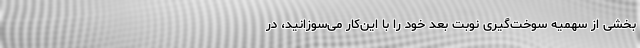
بخشی از سهمیه سوخت‌گیری نوبت بعد خود را با این‌کار می‌سوزانید، در